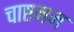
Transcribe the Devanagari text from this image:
चाष्टमम